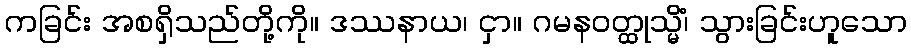
ကခြင်း အစရှိသည်တို့ကို။ ဒဿနာယ၊ ငှာ။ ဂမနဝတ္ထုသ္မိံ၊ သွားခြင်းဟူသော